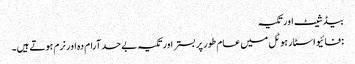
بیڈ شیٹ اور تکیہ
: فائیو اسٹار ہوٹل میں عام طور پر بستر اور تکیہ بے حد آرام دہ اور نرم ہوتے ہیں۔